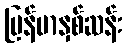
မြန်မာနှစ်ဆန်း